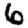
Digit: 6